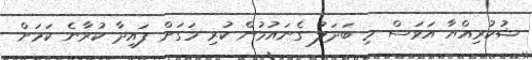
ޝުކުރިއްޔާ އަވަސް މި ބަދަލު ގެނައުމުން ކުރި މަގަށް ފައިދާ ކުރާނެ ކަމަށް